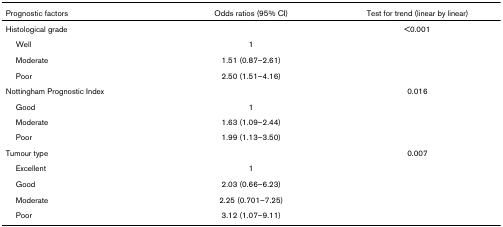
<table><thead><tr><td><b>Prognostic factors</b></td><td><b>Odds ratios (95% CI)</b></td><td><b>Test for trend (linear by linear)</b></td></tr></thead><tbody><tr><td>Histological grade</td><td></td><td>&lt;0.001</td></tr><tr><td> Well</td><td>1</td><td></td></tr><tr><td> Moderate</td><td>1.51 (0.87–2.61)</td><td></td></tr><tr><td> Poor</td><td>2.50 (1.51–4.16)</td><td></td></tr><tr><td>Nottingham Prognostic Index</td><td></td><td>0.016</td></tr><tr><td> Good</td><td>1</td><td></td></tr><tr><td> Moderate</td><td>1.63 (1.09–2.44)</td><td></td></tr><tr><td> Poor</td><td>1.99 (1.13–3.50)</td><td></td></tr><tr><td>Tumour type</td><td></td><td>0.007</td></tr><tr><td> Excellent</td><td>1</td><td></td></tr><tr><td> Good</td><td>2.03 (0.66–6.23)</td><td></td></tr><tr><td> Moderate</td><td>2.25 (0.701–7.25)</td><td></td></tr><tr><td> Poor</td><td>3.12 (1.07–9.11)</td><td></td></tr></tbody></table>